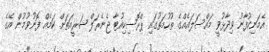
އެމަނިކުފާނު ވިދާޅުވީ މައްސަލައެއްގެ ތުހުމަތުގައި ޕްރޮސިކިއުޓާ ޖެނެރަލް ޝަރީއަތަށްް ކަމެއް ފޮނުވުމުން އޭގެ